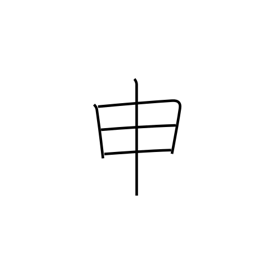
Meaning: ninth sign of Chinese zodiac